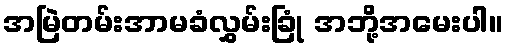
အမြဲတမ်းအာမခံလွှမ်းခြုံ အဘို့အမေးပါ။